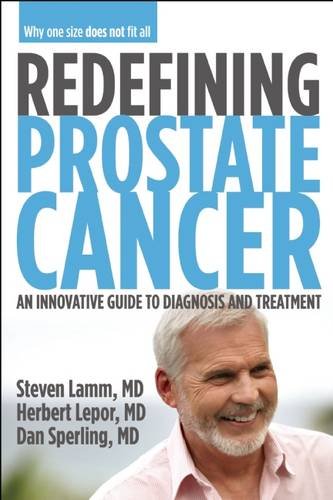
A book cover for Redefining Prostate Cancer: An Innovative Guide to Diagnosis and Treatment; Steven Lamm; Health, Fitness & Dieting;